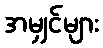
အမျှင်များ